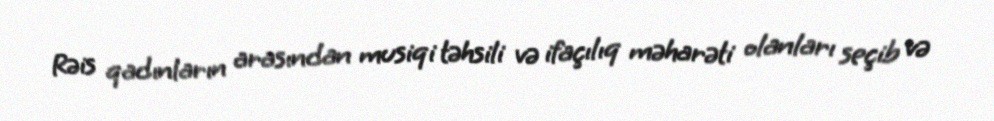
Rəis qadınların arasından musiqi təhsili və ifaçılıq məharəti olanları seçib və